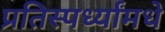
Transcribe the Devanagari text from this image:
प्रतिस्पर्ध्यांमधे